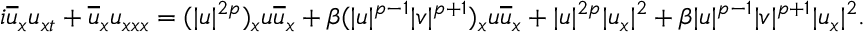
\begin{array} { r l } & { i \overline { { u } } _ { x } u _ { x t } + \overline { { u } } _ { x } u _ { x x x } = ( | u | ^ { 2 p } ) _ { x } u \overline { { u } } _ { x } + \beta ( | u | ^ { p - 1 } | v | ^ { p + 1 } ) _ { x } u \overline { { u } } _ { x } + | u | ^ { 2 p } | u _ { x } | ^ { 2 } + \beta | u | ^ { p - 1 } | v | ^ { p + 1 } | u _ { x } | ^ { 2 } . } \end{array}